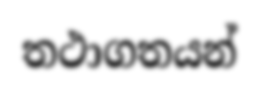
තථාගතයන්